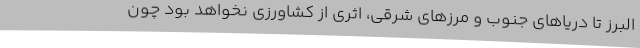
البرز تا دریاهای جنوب و مرزهای شرقی، اثری از کشاورزی نخواهد بود چون